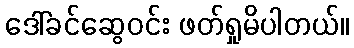
ဒေါ်ခင်ဆွေဝင်း ဖတ်ရှုမိပါတယ်။